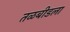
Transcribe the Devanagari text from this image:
तळबीडला